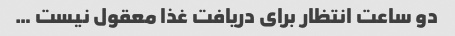
دو ساعت انتظار براى دریافت غذا معقول نیست …